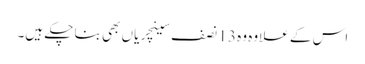
اس کے علاوہ وہ 13 نصف سینچریاں بھی بنا چکے ہیں۔